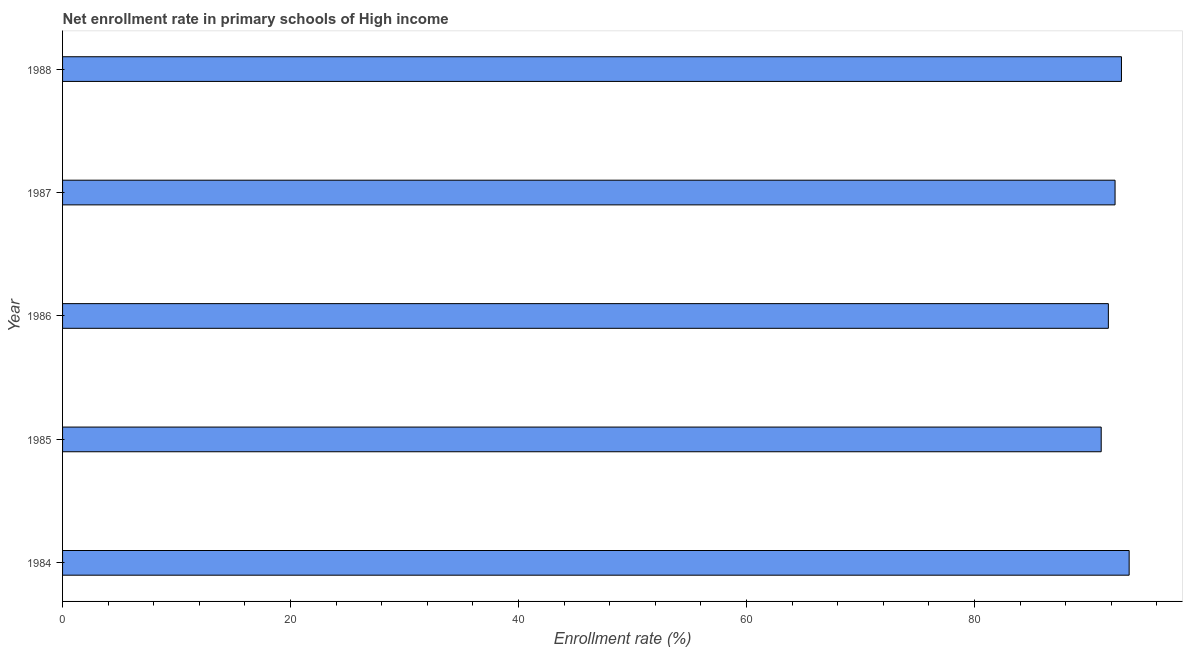
| Year | Adjusted net enrolment rate |
 | --- | --- |
 | 1984 | 93.6 |
 | 1985 | 91.1 |
 | 1986 | 91.7 |
 | 1987 | 92.3 |
 | 1988 | 92.9 |